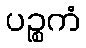
ပဉ္စကံ